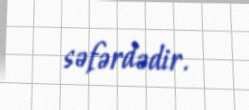
səfərdədir.